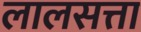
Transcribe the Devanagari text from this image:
लालसत्ता